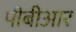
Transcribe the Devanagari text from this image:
पीबीआर